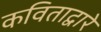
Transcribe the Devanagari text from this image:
कविताद्वारे